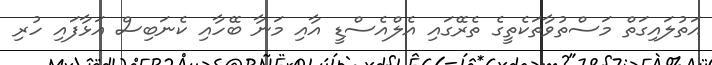
އަތުލައިގަތް މަސްތުވާތަކެތީގެ ތެރޭގައި އެލްއެސްޑީ އާއި މަނާ ބޭހާއި ކެނަބިސް އަޅާފައި ހުރި